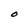
Character: O